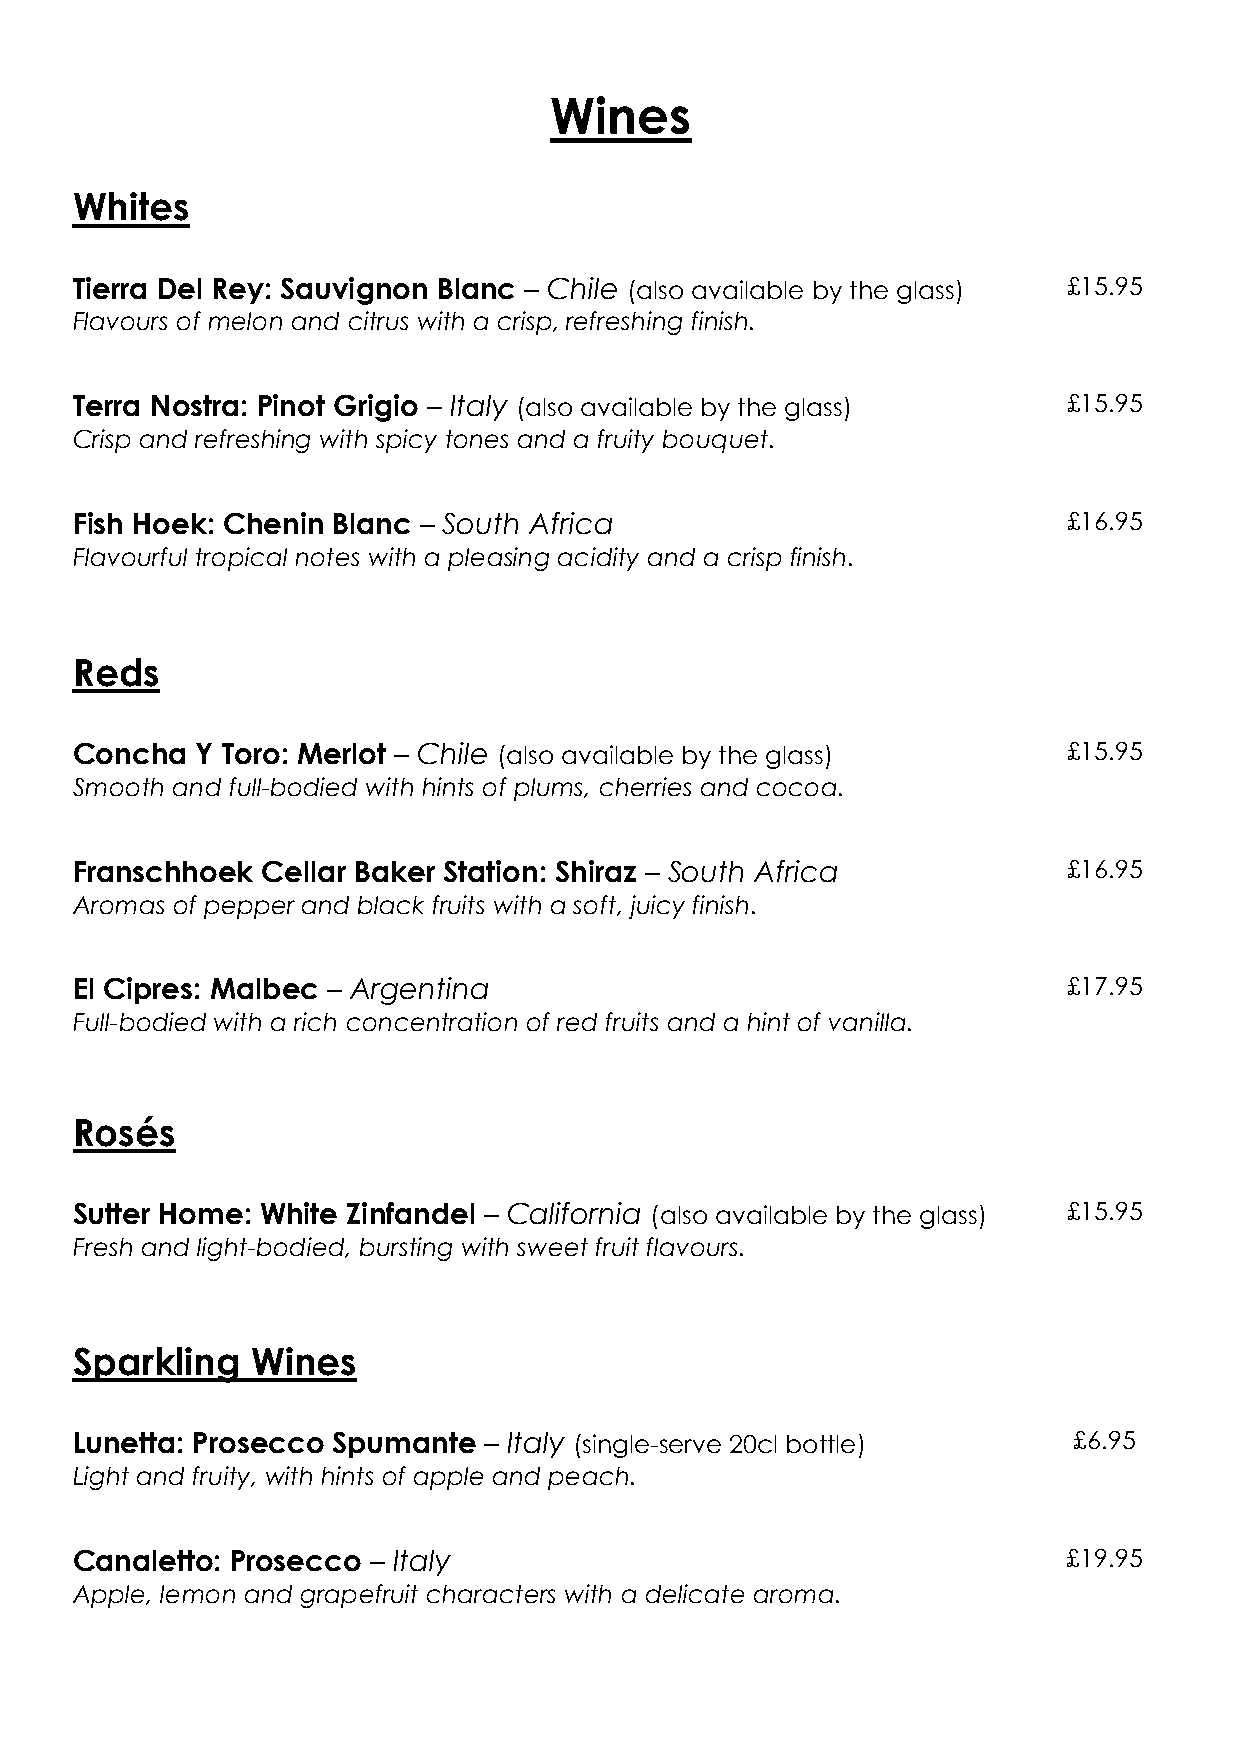
Wines
 Whites
 Tierra Del Rey: Sauvignon Blanc – Chile (also available by the glass) £15.95
 Flavours of melon and citrus with a crisp, refreshing finish.
 Terra Nostra: Pinot Grigio – Italy (also available by the glass)  £15.95
 Crisp and refreshing with spicy tones and a fruity bouquet.
 Fish Hoek: Chenin Blanc – South Africa                            £16.95
 Flavourful tropical notes with a pleasing acidity and a crisp finish.
 Reds
 Concha  Y Toro: Merlot – Chile (also available by the glass)      £15.95
 Smooth and full-bodied with hints of plums, cherries and cocoa.
 Franschhoek Cellar Baker Station: Shiraz – South Africa           £16.95
 Aromas of pepper and black fruits with a soft, juicy finish.
 El Cipres: Malbec – Argentina                                     £17.95
 Full-bodied with a rich concentration of red fruits and a hint of vanilla.
 Rosés
 Sutter Home: White Zinfandel – California (also available by the glass) £15.95
 Fresh and light-bodied, bursting with sweet fruit flavours.
 Sparkling   Wines
 Lunetta: Prosecco Spumante – Italy (single-serve 20cl bottle)     £6.95
 Light and fruity, with hints of apple and peach.
 Canaletto: Prosecco – Italy                                       £19.95
 Apple, lemon and grapefruit characters with a delicate aroma.